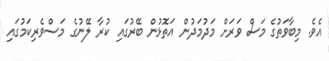
އެވެ. މިބާވަތުގެ މަސް ވަރަށް މަދުމަދުން އަތޮޅުން ބޭރުގައި ކުރާ ލޭނުގެ މަސްވެރިކަމުގައި